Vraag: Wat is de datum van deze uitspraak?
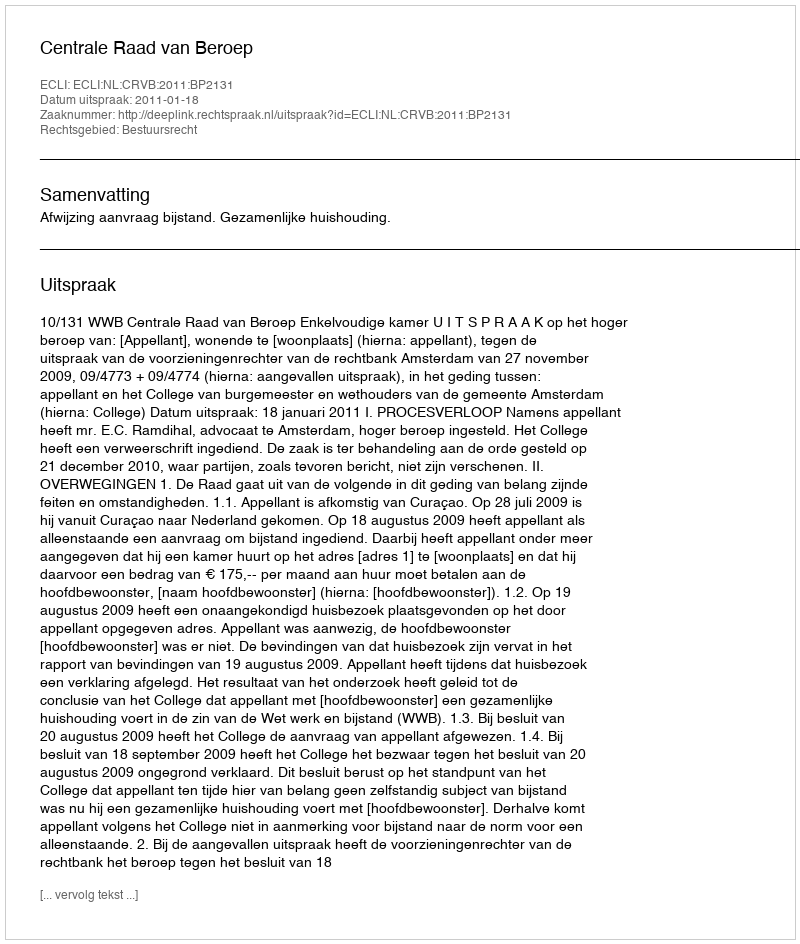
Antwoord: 2011-01-18